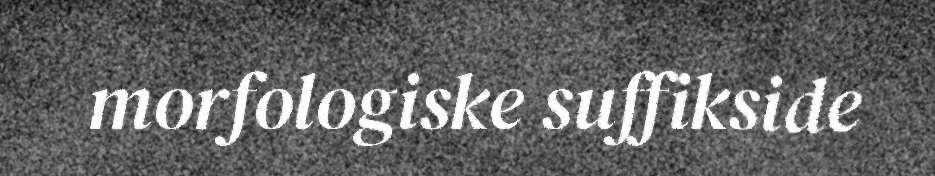
morfologiske suffikside